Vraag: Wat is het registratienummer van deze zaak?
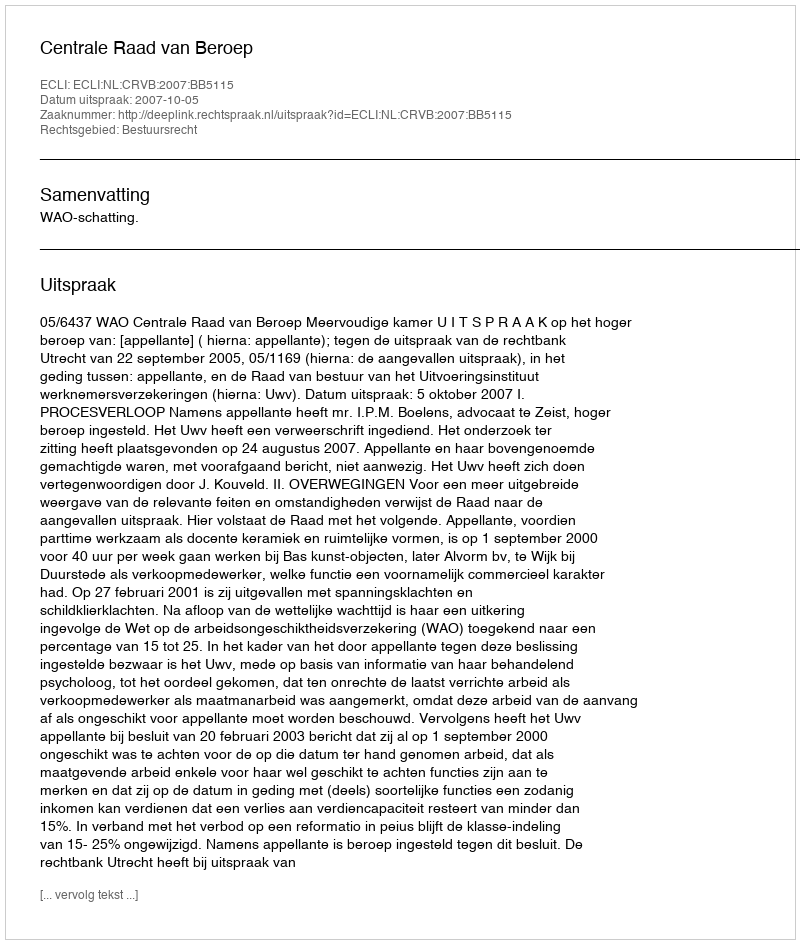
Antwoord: http://deeplink.rechtspraak.nl/uitspraak?id=ECLI:NL:CRVB:2007:BB5115